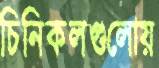
চিনিকলগুলোয়